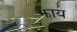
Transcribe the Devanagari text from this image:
झाय